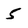
Character: 5